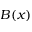
B ( x )